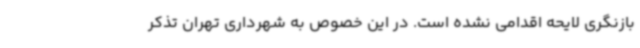
بازنگری لایحه اقدامی نشده است. در این خصوص به شهرداری تهران تذکر